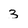
Character: 3